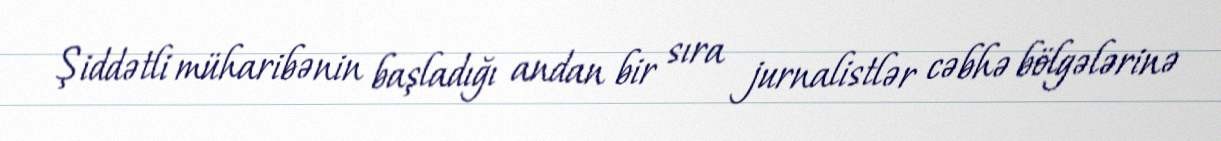
Şiddətli müharibənin başladığı andan bir sıra jurnalistlər cəbhə bölgələrinə